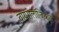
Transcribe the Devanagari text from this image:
वायरोलॉजिकल